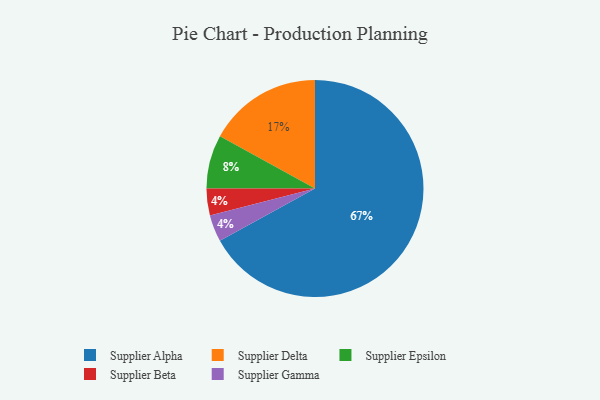
{"axis": {"x": "Category", "y": "Percentage"}, "legend": ["Supplier Alpha", "Supplier Beta", "Supplier Delta", "Supplier Epsilon", "Supplier Gamma"], "data": [{"x": "Supplier Epsilon", "y": 8, "type": "Supplier Epsilon"}, {"x": "Supplier Beta", "y": 4, "type": "Supplier Beta"}, {"x": "Supplier Delta", "y": 17, "type": "Supplier Delta"}, {"x": "Supplier Gamma", "y": 4, "type": "Supplier Gamma"}, {"x": "Supplier Alpha", "y": 67, "type": "Supplier Alpha"}]}